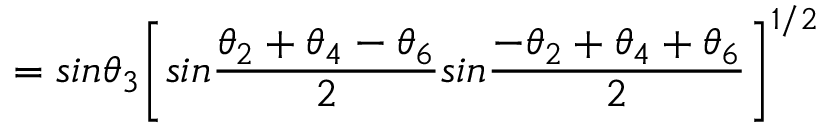
{ } ~ ~ ~ ~ ~ ~ ~ ~ ~ ~ ~ ~ ~ ~ ~ ~ ~ ~ ~ ~ ~ ~ ~ ~ ~ ~ ~ ~ ~ ~ ~ ~ ~ ~ ~ ~ ~ ~ = s i n \theta _ { 3 } \bigg [ s i n \frac { \theta _ { 2 } + \theta _ { 4 } - \theta _ { 6 } } { 2 } s i n \frac { - \theta _ { 2 } + \theta _ { 4 } + \theta _ { 6 } } { 2 } \bigg ] ^ { 1 / 2 }